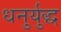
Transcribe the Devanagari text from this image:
धनुर्युद्ध